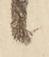
候